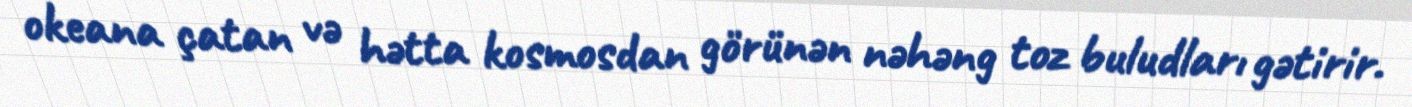
okeana çatan və hətta kosmosdan görünən nəhəng toz buludları gətirir.